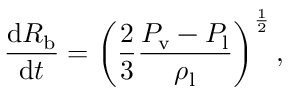
\frac { \mathrm d R _ { \mathrm { b } } } { \mathrm d t } = \left( \frac { 2 } { 3 } \frac { P _ { \mathrm { v } } - P _ { \mathrm { l } } } { \rho _ { \mathrm { l } } } \right) ^ { \frac { 1 } { 2 } } ,